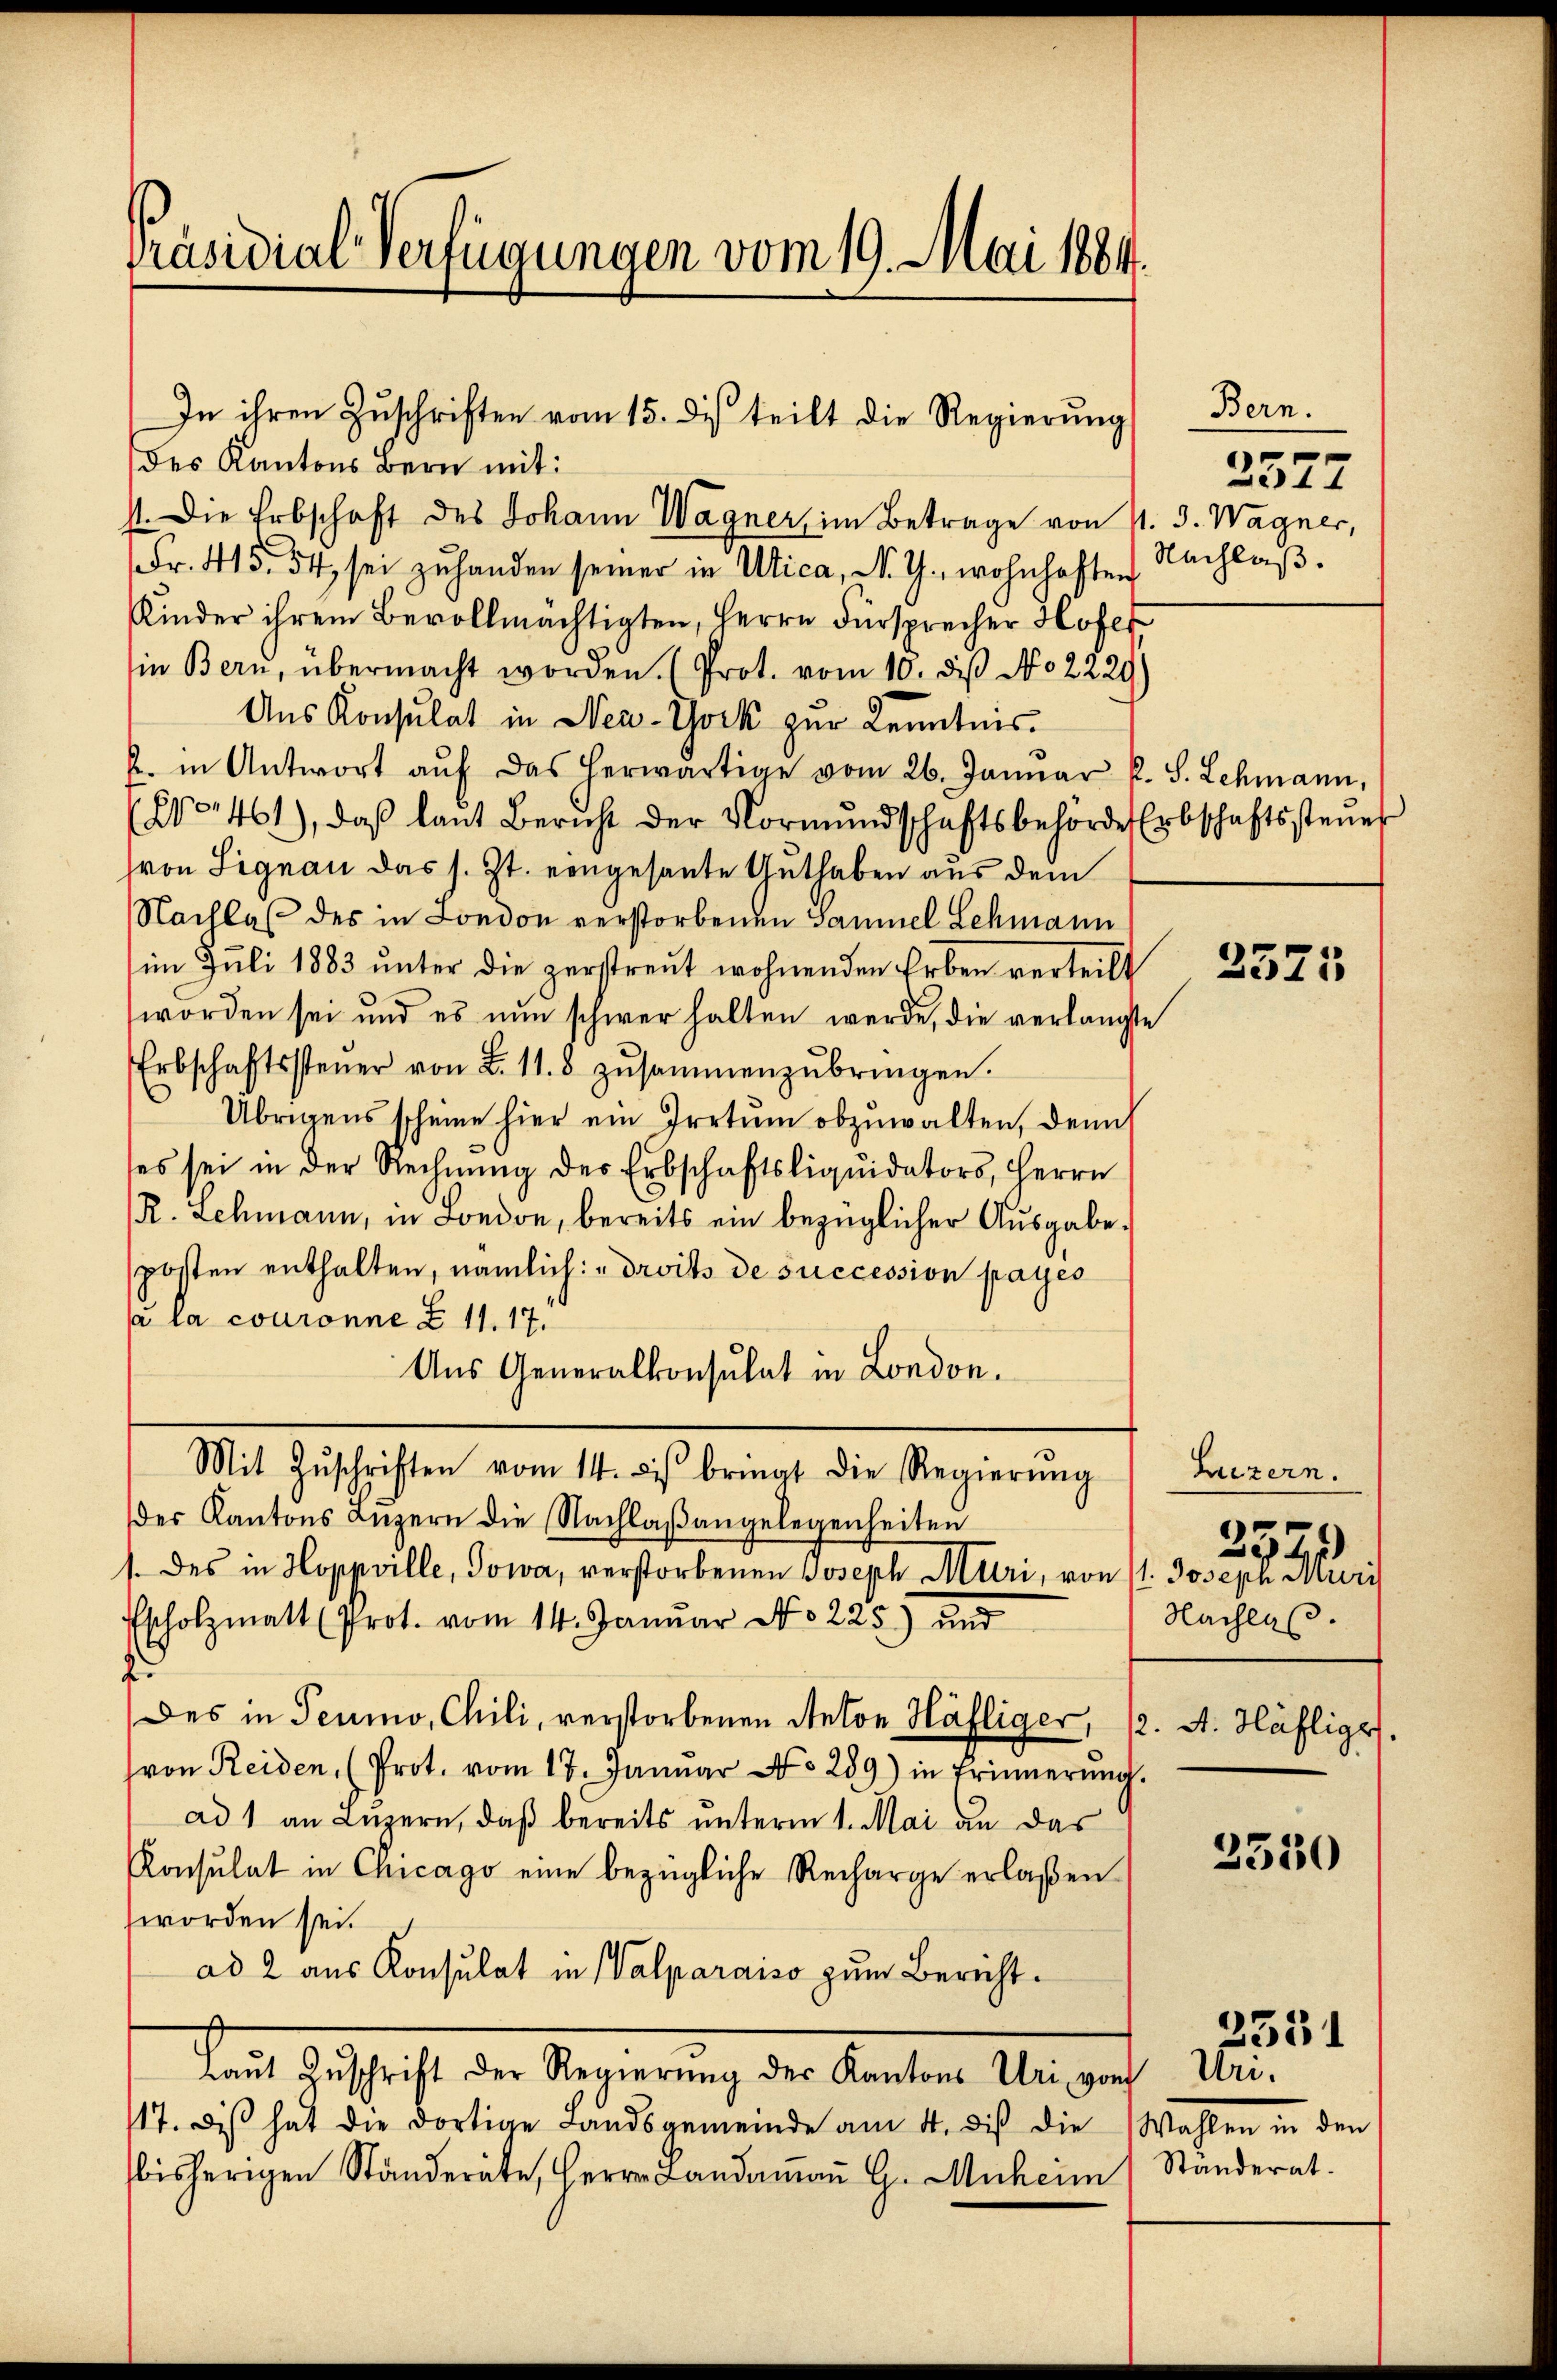
Präsidial-Verfügungen vom 19. Mai 1884.

des Kantons Bern mit:
st. Die Erbschaft des Johann Wagner, im Betrage von 4. d. Wagner,
Fr. 415. 54 sei zŭ handen seiner in Utica, N. G., wohnhaften Nachlaβ.
Kinder ihrem Bevollmächtigten, Herrn Fürsprecher Hofer
in Bern, übermacht worden. (Prot. vom 10. des No 2229)
Aus Konsulat in New-York zur Kenntnis.
J. in Antwort aŭf das herwärtige vom 26. Janŭar P. S. Schmann,
(No. 461), daß laut Bericht der Vormŭndschaftsbehörde Erbschaftssteŭer
von Signau das s. Zt. eingesante Guthaben aus dem
Hachlas des in London verstorbenen Sammel Lehmann
im Juli 1883 unter die zerstreut wohnenden Erben verteilt
worden sei und es nun schwer halten werde, die verlangte
Erbschaftssteŭer von L. 11. 8 zŭsammenzŭbringen.
Übrigens scheine hier ein Irrtum abzuwalten, denn
ses sei in der Rechnŭng des Erbschaftsliquidators, Herrn
R. Schmann, in London, bereits ein bezüglicher Ausgabe,
posten enthalten, nämlich: „droits de succession payés
/a la couronne Z. 11. 17.
Aus Generalkonsulat in London.
Mit Zŭschriften vom 14. dis bringt die Regierŭng
er Kantons Luzern die Nachlaβangelegenheiten
/. des in Hoppville, Jowa, verstorbenen Joseph Muri, von 11. Joseph Muri
Escholzmatt (Prot. vom 14. Januar No. 225) und
1
Des in Teumo, Chili, verstorbenen Anton Häfliger, 12. A. Häfliges.
von Reiden, (Prot. vom 17. Janŭar No. 289) in Erinnerŭng.
ad 1 an Luzern, daß bereits unterm 1. Mai an das
Konsulat in Chicago eine bezügliche Recharge erlaßen
worden sei.
ad 2 aus Konsulat in Valparaiso zum Berichtkeit geschicht der Regierung der Beraten er nach Mar
117. Dis hat die dortige Landsgemeinde am 4. diβ die Wahlen in den
bisherigen Ständeräte, Herr Landaṁaṅ G. Muheim Standerat.

In ihren Zuschriften vom 15. des teilt die Regierung

Bern.
2577

2371

Huzern.
257
Nachlas.

2550

2531